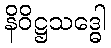
နိဝိဋ္ဌသဒ္ဓေါ